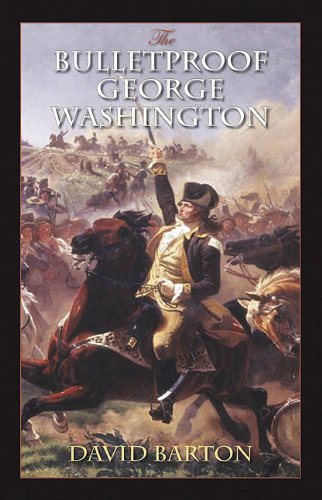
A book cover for The Bulletproof George Washington; David Barton; History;